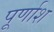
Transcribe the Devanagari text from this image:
पूर्णाश